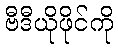
ဗီဒီယိုဖိုင်ကို